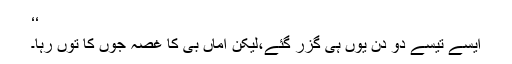
‘‘
ایسے تیسے دو دن یوں ہی گزر گئے،لیکن اماں بی کا غصہ جوں کا توں رہا۔